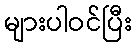
များပါဝင်ပြီး